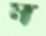
ম